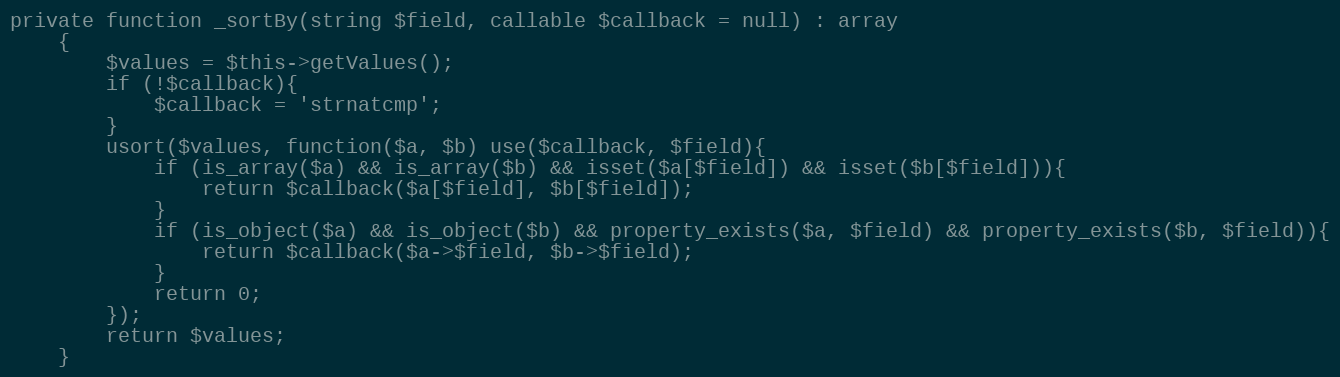
Language: PHP
private function _sortBy(string $field, callable $callback = null) : array
    {
        $values = $this->getValues();
        if (!$callback){
            $callback = 'strnatcmp';
        }
        usort($values, function($a, $b) use($callback, $field){
            if (is_array($a) && is_array($b) && isset($a[$field]) && isset($b[$field])){
                return $callback($a[$field], $b[$field]);
            }
            if (is_object($a) && is_object($b) && property_exists($a, $field) && property_exists($b, $field)){
                return $callback($a->$field, $b->$field);
            }
            return 0;
        });
        return $values;
    }